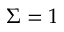
\Sigma = 1